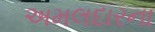
અમલદારના